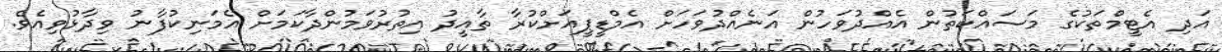
އަދި އެޓީމްތަކުގެ މަސައްކަތުން އެއްދުވަހުން އަނެއްދުވަހަށް އެމްޑީޕީއަށްކުރާ ތާއީދު އިތުރުވަމުންދާކަމަށް އެމަނިކުފާނު ވިދާޅުވިއެވެ.